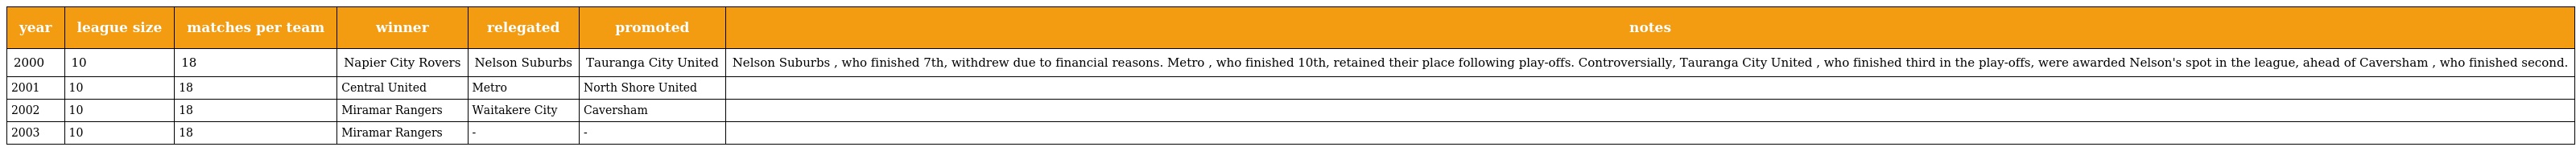
| year | league size | matches per team | winner | relegated | promoted | notes |
 | --- | --- | --- | --- | --- | --- | --- |
 | 2000 | 10 | 18 | Napier City Rovers | Nelson Suburbs | Tauranga City United | Nelson Suburbs , who finished 7th, withdrew due to financial reasons. Metro , who finished 10th, retained their place following play-offs. Controversially, Tauranga City United , who finished third in the play-offs, were awarded Nelson's spot in the league, ahead of Caversham , who finished second. |
 | 2001 | 10 | 18 | Central United | Metro | North Shore United |  |
 | 2002 | 10 | 18 | Miramar Rangers | Waitakere City | Caversham |  |
 | 2003 | 10 | 18 | Miramar Rangers | - | - |  |